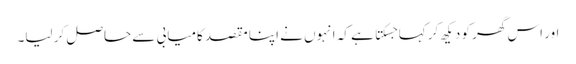
اور اس گھر کو دیکھ کر کہا جسکتا ہے کہ انہوں نے اپنا مقصد کامیابی سے حاصل کر لیا۔